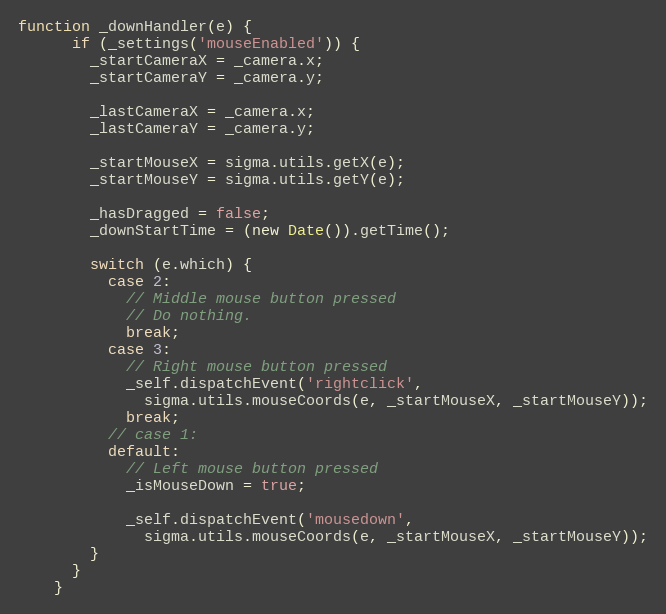
Language: JavaScript
function _downHandler(e) {
      if (_settings('mouseEnabled')) {
        _startCameraX = _camera.x;
        _startCameraY = _camera.y;

        _lastCameraX = _camera.x;
        _lastCameraY = _camera.y;

        _startMouseX = sigma.utils.getX(e);
        _startMouseY = sigma.utils.getY(e);

        _hasDragged = false;
        _downStartTime = (new Date()).getTime();

        switch (e.which) {
          case 2:
            // Middle mouse button pressed
            // Do nothing.
            break;
          case 3:
            // Right mouse button pressed
            _self.dispatchEvent('rightclick',
              sigma.utils.mouseCoords(e, _startMouseX, _startMouseY));
            break;
          // case 1:
          default:
            // Left mouse button pressed
            _isMouseDown = true;

            _self.dispatchEvent('mousedown',
              sigma.utils.mouseCoords(e, _startMouseX, _startMouseY));
        }
      }
    }